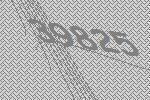
39825